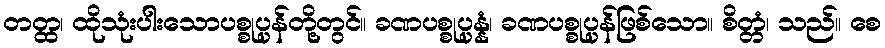
တတ္ထ၊ ထိုသုံးပါးသောပစ္စုပ္ပန်တို့တွင်။ ခဏပစ္စုပ္ပန္နံ၊ ခဏပစ္စုပ္ပန်ဖြစ်သော။ စိတ္တံ၊ သည်။ စေ